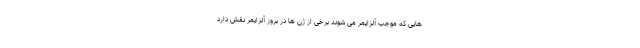
هایی که موجب آلزایمر می شوند برخی از ژن ها در بروز آلزایمر نقش دارد